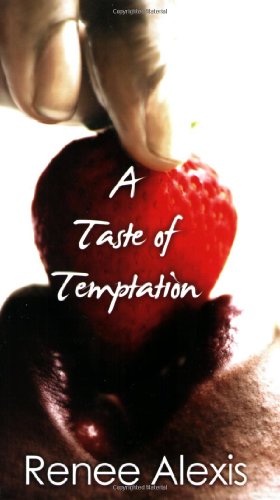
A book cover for A Taste of Temptation (Love Spectrum Romance); Renee Alexis; Romance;